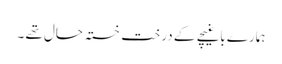
ہمارے باغیچے کے درخت خستہ حال تھے ۔